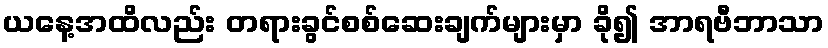
ယနေ့အထိလည်း တရားခွင်စစ်ဆေးချက်များမှာ ခို၍ အာရဗီဘာသာ